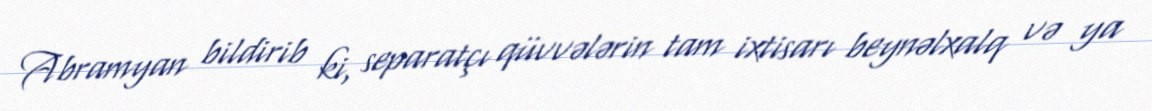
Abramyan bildirib ki, separatçı qüvvələrin tam ixtisarı beynəlxalq və ya